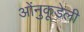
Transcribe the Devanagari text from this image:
ओंनुकूडेली